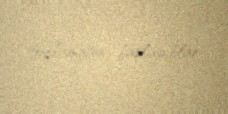
toplamağa başlayıblar.